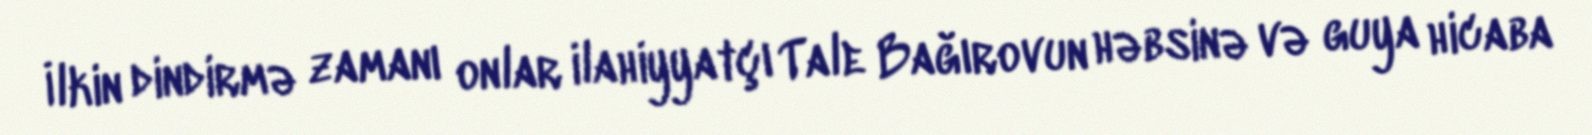
İlkin dindirmə zamanı onlar ilahiyyatçı Tale Bağırovun həbsinə və guya hicaba